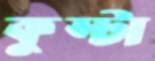
কুস্টা